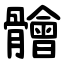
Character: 䯤